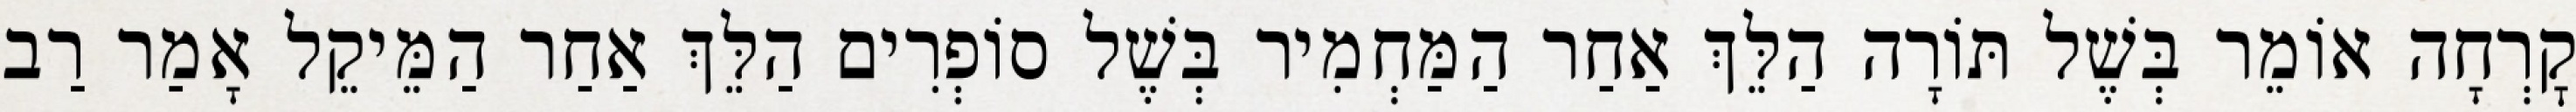
קׇרְחָה אוֹמֵר בְּשֶׁל תּוֹרָה הַלֵּךְ אַחַר הַמַּחְמִיר בְּשֶׁל סוֹפְרִים הַלֵּךְ אַחַר הַמֵּיקֵל אָמַר רַב